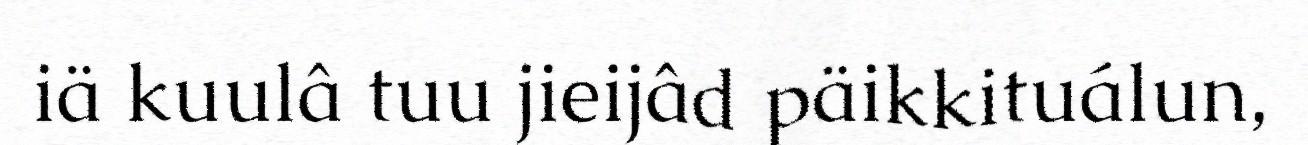
iä kuulâ tuu jieijâd päikkituálun,